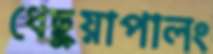
ধেছুয়াপালং